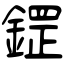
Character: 鎠